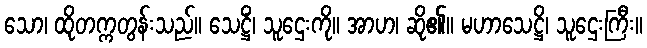
သော၊ ထိုတက္ကတွန်းသည်။ သေဋ္ဌိံ၊ သူဌေးကို။ အာဟ၊ ဆို၏။ မဟာသေဋ္ဌိ၊ သူဌေးကြီး။